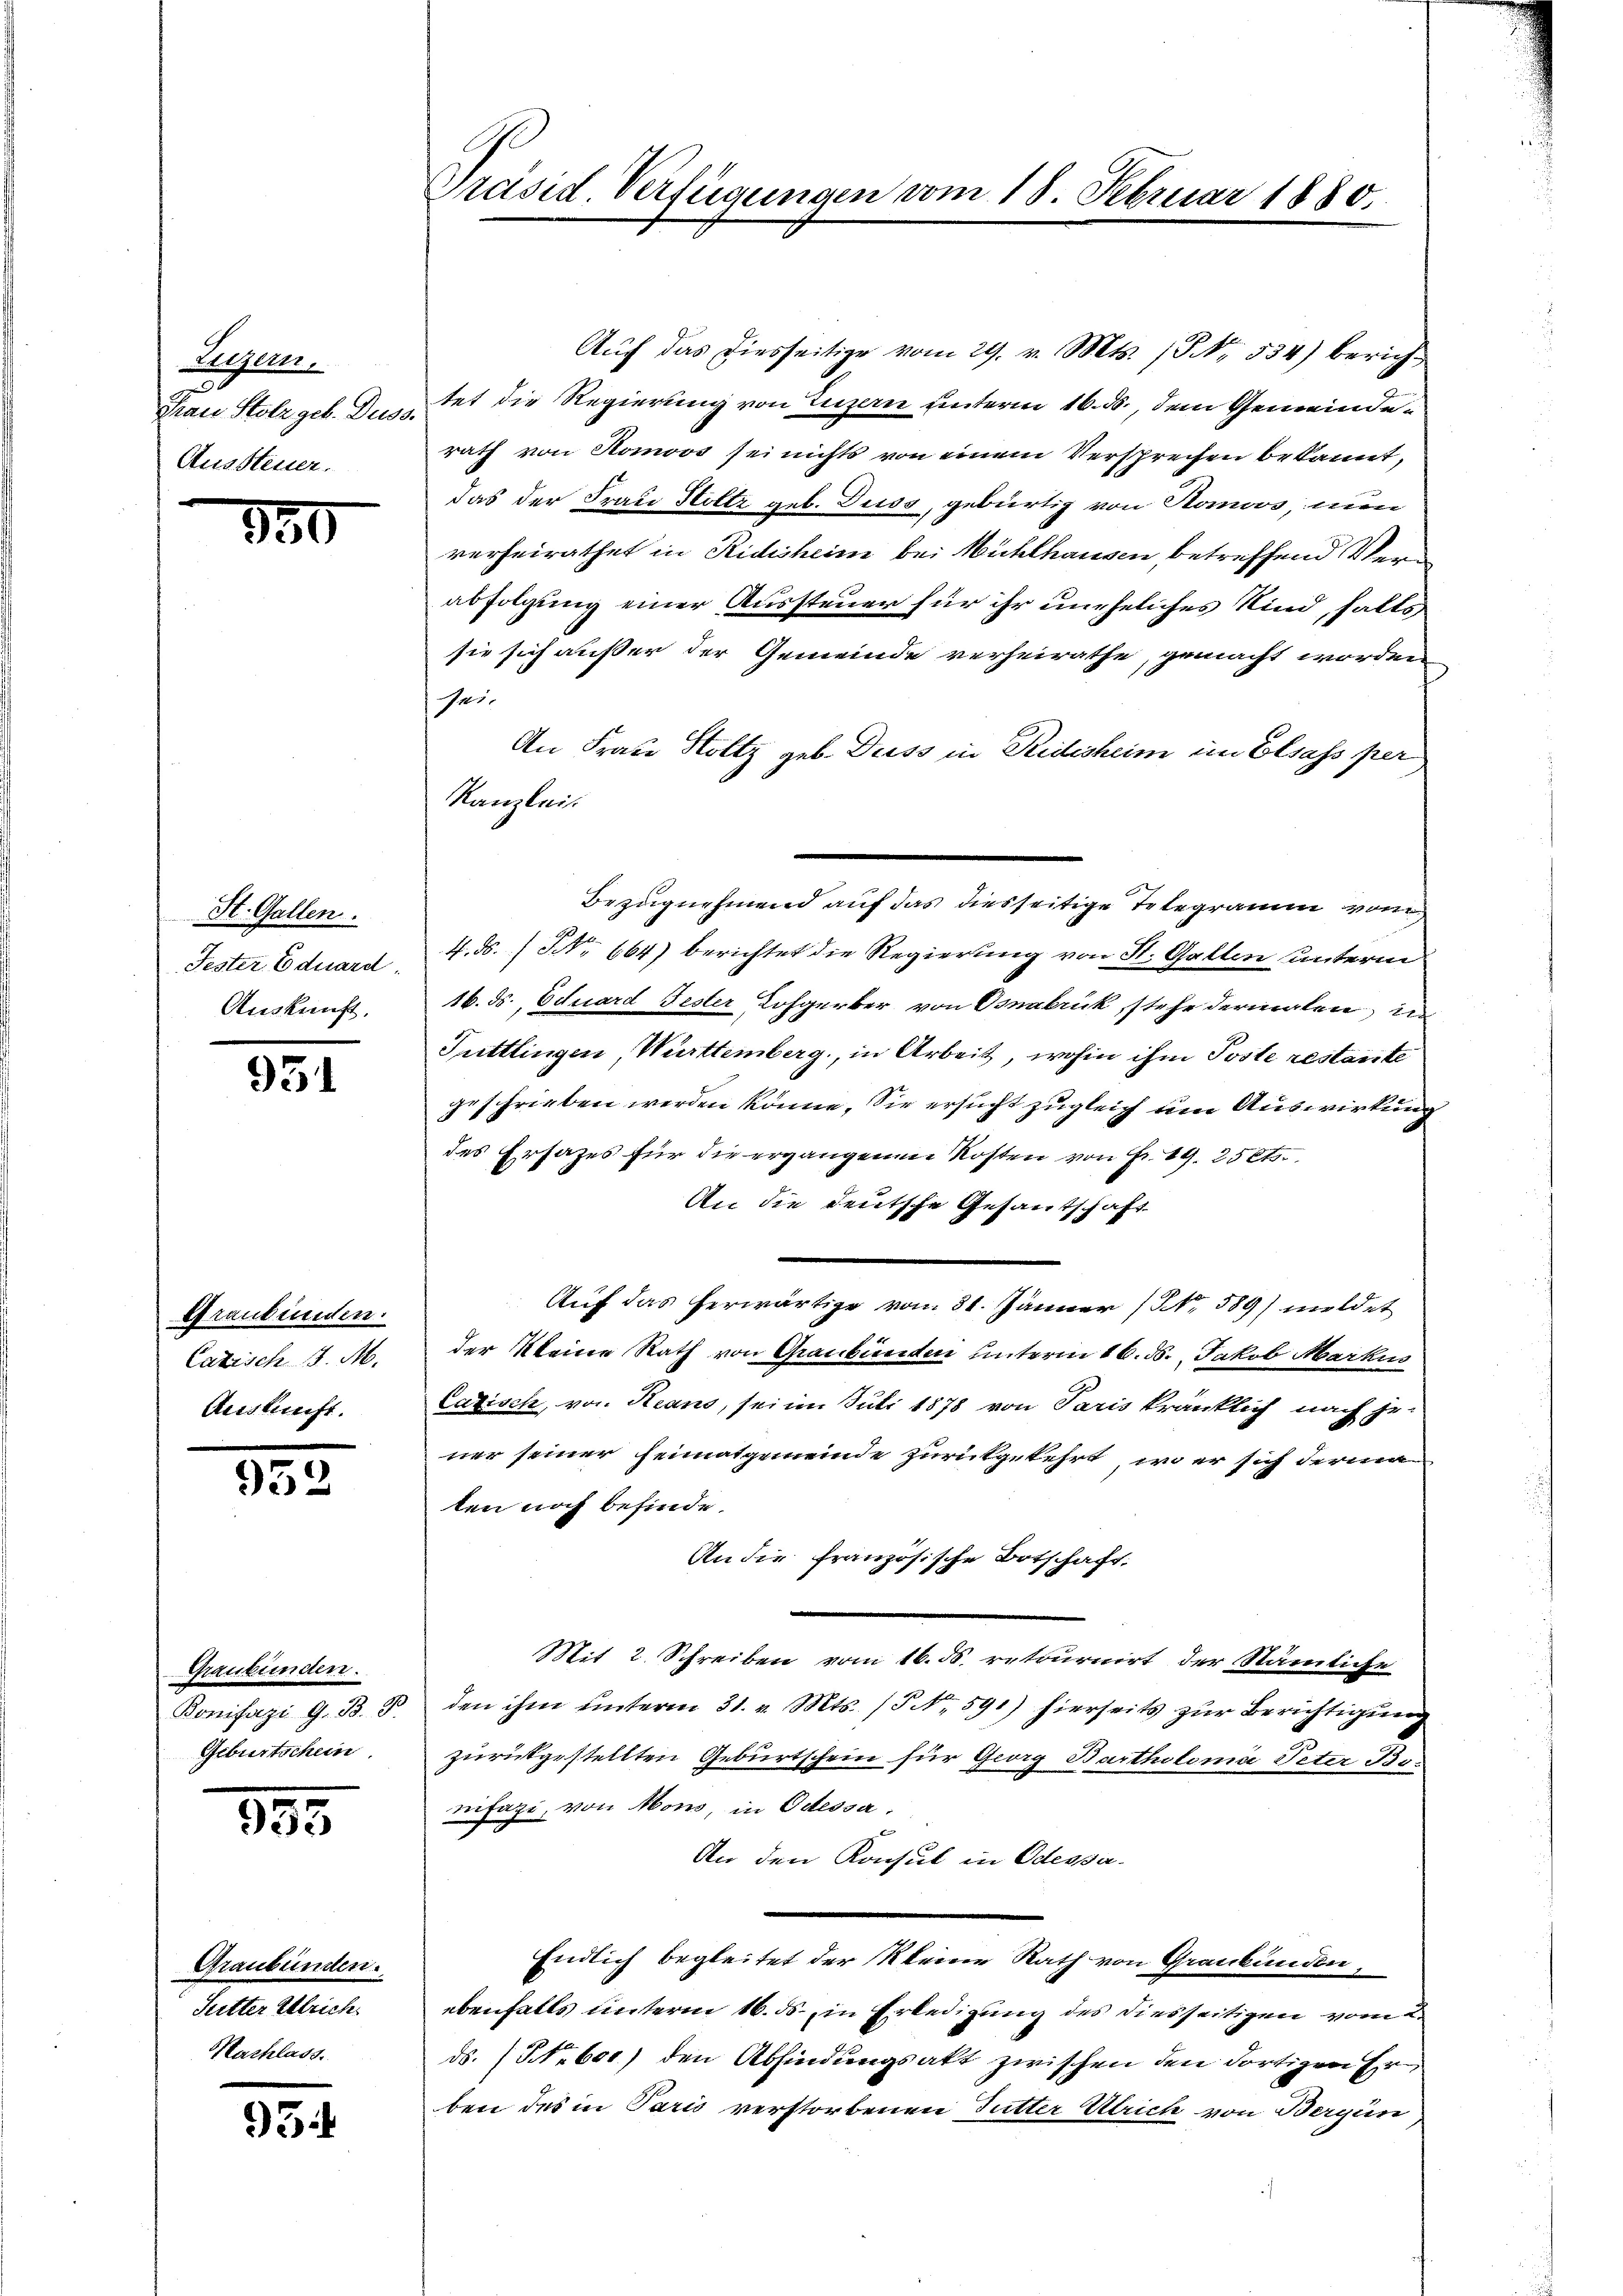
Legen,
Frau Stolz geb. Duss.
Aussteuer.

850

St. Gallen.
Fester Eduard
Auskunft.

951

Graubünden.
Cazisch. J. M.
Auskunft.

952

Graubünden.
Bonifazi G. B. B
Geburtschein

953

Graubünden.
Sutter Ulrich
Hachlass.

954

Präsid. Verfügungen vom 18. Februar 1880.

Kanzlei.

Aŭf das diesseitige vom 29. v. Mts. S. 534) berichtet die Regierung von Luzern unterm 16. ds., dem Gemeinderath von Romoos sei nichts von einem Versprechen bekannt,
das der Frau Holtz geb. Duss, gebürtig von Romoos, nun
verheirathet in Ridisheim bei Mühlhausen betreffend Verabfolgung einer Aussteuer für ihr uneheliches Kind, halts
sie sich außer der Gemeinde verheirathe, gemacht worden
41
An Frau Stoltz geb. Diess in Redesheim im Elsass per
4. ds. (N. 664) berichtet die Regierung von St. Gallen unterm
16. ds. Eduard Jester Lohgerker von Osnabrück, stehe dermaten, in
Tuttlingen, Württemberg, in Arbeit, wohin ihm Poste restante
geschrieben werden könne. Sie ersucht zugleich um Auswirkung
des Ersatzes für die ergangenen Kosten von Fr. 49. 25 Cts.
An die deutsche Gesantschaft
Auf das herwärtige vom 31. Jänner (NNo. 589) meldet
der Kleine Rath von Graubünden unterm 16. ds. Jakob Markus
Cazisch, von Keans, sei im Juli 1878 von Paris kränklich nach jener seiner Heimatgemeinde zurückgekehrt, wo er sich derma
len noch befinde.
An die französische Botschaft.
e
Mit 2 Schreiben vom 16. ds. retournirt der Nämliche
den ihm unterm 31. v. Mts. /5 No 591) hierseits zur Berichtigung
zurükgestellten Geburtschein für Georg Bartholomi Peter Benifazi, von Mono, in Odessa.
An den Konsul in Odessa¬
Endlich begleitet der Kleine Rath von Graubünden,
ebenfalls unterm 16. ds., in Erledigung des diesseitigen vom 2
ds. (N. 600) den Abfindungsakt zwischen den dortigen Erben des in Paris verstorbenen Futter Ulrich von Bergün

Bezugnehmend auf das diesseitige Telegramm vom